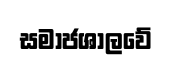
සමාජශාලවේ